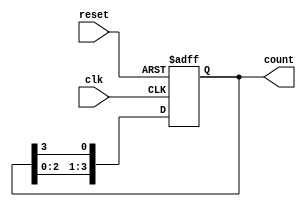
module ring_counter (
    input wire clk,          // Clock signal
    input wire reset,        // Reset signal
    output reg [3:0] count   // 4-bit output representing the current state
);

    // Initial state for the ring counter
    initial begin
        count = 4'b1000; // Start with the state 1000
    end

    // Always block triggered on the rising edge of the clock or reset
    always @(posedge clk or posedge reset) begin
        if (reset) begin
            count <= 4'b1000; // Reset to initial state
        end else begin
            // Shift the state in a circular manner
            count <= {count[2:0], count[3]}; // Shift left and wrap around
        end
    end

endmodule